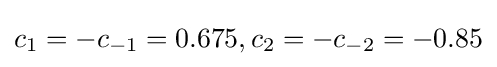
c_{1}=-c_{-1}=0.675,c_{2}=-c_{-2}=-0.85